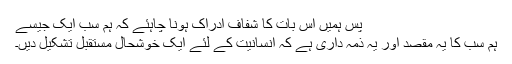
پس ہمیں اس بات کا شفاف ادراک ہونا چاہئے کہ ہم سب ایک جیسے
ہم سب کا یہ مقصد اور یہ ذمہ داری ہے کہ انسانیت کے لئے ایک خوشحال مستقبل تشکیل دیں۔